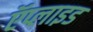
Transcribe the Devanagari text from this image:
ऍप्लाइड